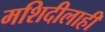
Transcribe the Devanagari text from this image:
मशिदीलाही